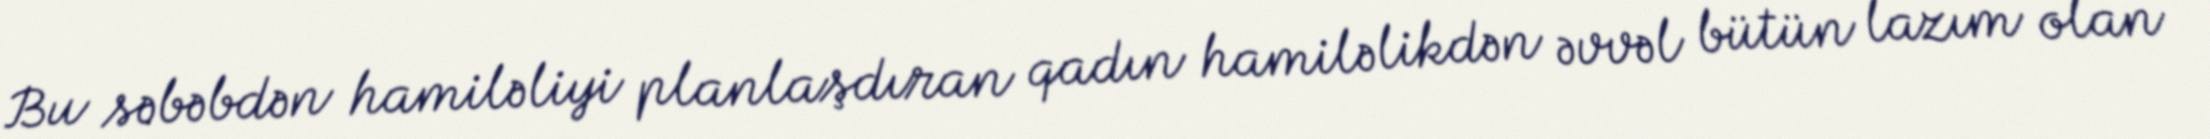
Bu səbəbdən hamiləliyi planlaşdıran qadın hamiləlikdən əvvəl bütün lazım olan